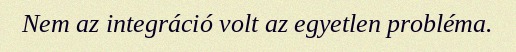
Nem az integráció volt az egyetlen probléma.